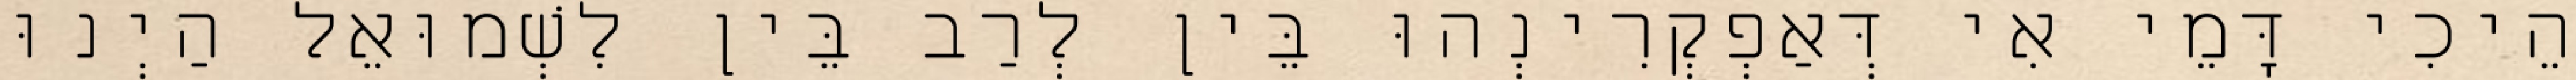
הֵיכִי דָּמֵי אִי דְּאַפְקְרִינְהוּ בֵּין לְרַב בֵּין לִשְׁמוּאֵל הַיְנוּ